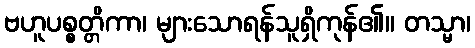
ဗဟူပစ္စတ္တိကာ၊ များသောရန်သူရှိကုန်၏။ တသ္မာ၊